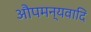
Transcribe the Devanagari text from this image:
औपमन्यवादि